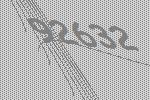
92632